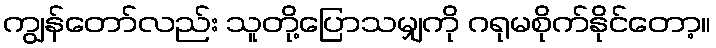
ကျွန်တော်လည်း သူတို့ပြောသမျှကို ဂရုမစိုက်နိုင်တော့။